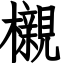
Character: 櫬